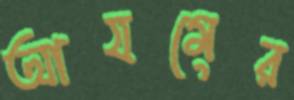
আযমের